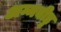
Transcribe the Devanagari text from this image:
अम्मबीडु